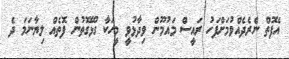
އެފޮތް ނެރެދެއްވުމަށްފަހު ރައީސް މައުމޫން ވިދާޅުވީ މީހަކާ ގުޅޭގޮތުން ފޮތެއް ލިޔާނަމަ ދެ